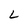
Character: L